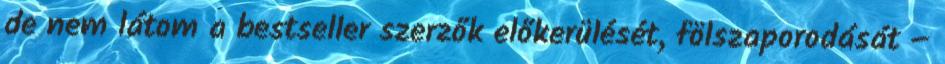
de nem látom a bestseller szerzők előkerülését, fölszaporodását –